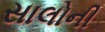
સાલોની